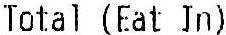
TOTAL (EAT IN)